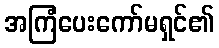
အကြံပေးကော်မရှင်၏